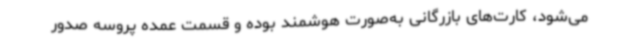
می‌شود، کارت‌های بازرگانی به‌صورت هوشمند بوده و قسمت عمده پروسه صدور